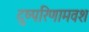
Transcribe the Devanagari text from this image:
दुष्परिणामवश